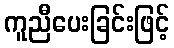
ကူညီပေးခြင်းဖြင့်